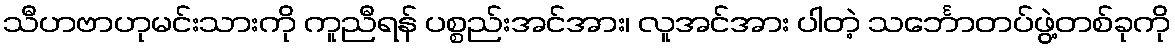
သီဟဗာဟုမင်းသားကို ကူညီရန် ပစ္စည်းအင်အား၊ လူအင်အား ပါတဲ့ သင်္ဘောတပ်ဖွဲ့တစ်ခုကို